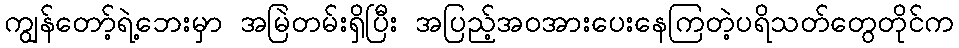
ကျွန်တော့်ရဲ့ဘေးမှာ အမြဲတမ်းရှိပြီး အပြည့်အဝအားပေးနေကြတဲ့ပရိသတ်တွေတိုင်က